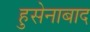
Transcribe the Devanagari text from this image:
हुसेनाबाद